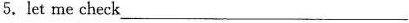
5.let me check ___